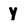
Character: Y